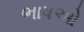
ભાષઓ